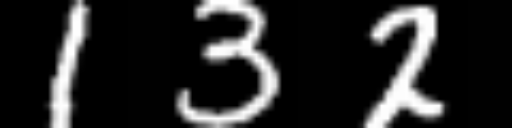
Text: 132